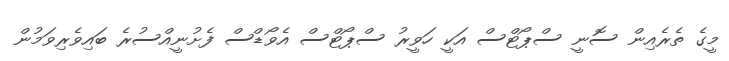
މީގެ ތެރެއިން ސޮނީ ސްޕޯޓްސް އަކީ ހަވީރު ސްޕޯޓްސް އެވޯޑްސް ފެށުނީއްސުރެ ބައިވެރިވަމުން